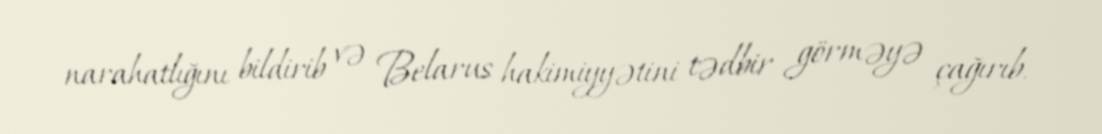
narahatlığını bildirib və Belarus hakimiyyətini tədbir görməyə çağırıb.